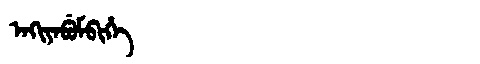
Manchu: ᠠᡴᡳᠶᠠᠪᡠᠮᠪᡳᡥᡝ
Romanization: AKIYABUMBIHE